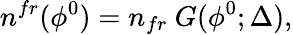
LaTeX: n^{fr}(\phi^{0})=n_{fr}~G(\phi^{0};\Delta),